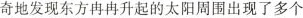
奇地发现东方冉升起的太阳周围出现了多个